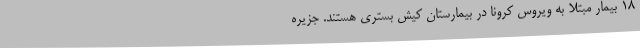
۱۸ بیمار مبتلا به ویروس کرونا در بیمارستان کیش بستری هستند. جزیره